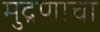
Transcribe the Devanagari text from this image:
मुद्रणाचा